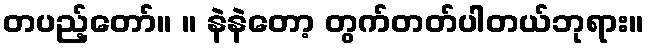
တပည့်တော်။ ။ နဲနဲတော့ တွက်တတ်ပါတယ်ဘုရား။